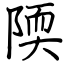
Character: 陾